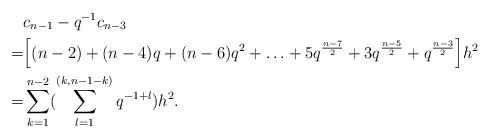
LaTeX: \begin{align*}&c_{n-1}-q^{-1}c_{n-3}\\=&\Big[(n-2)+(n-4)q+(n-6)q^2+\ldots+5q^{\frac{n-7}{2}}+3q^{\frac{n-5}{2}}+q^{\frac{n-3}{2}}\Big]h^2 \\=&\sum\limits_{k=1}^{n-2}(\sum\limits_{l=1}^{(k,n-1-k)}q^{-1+l})h^2.\end{align*}